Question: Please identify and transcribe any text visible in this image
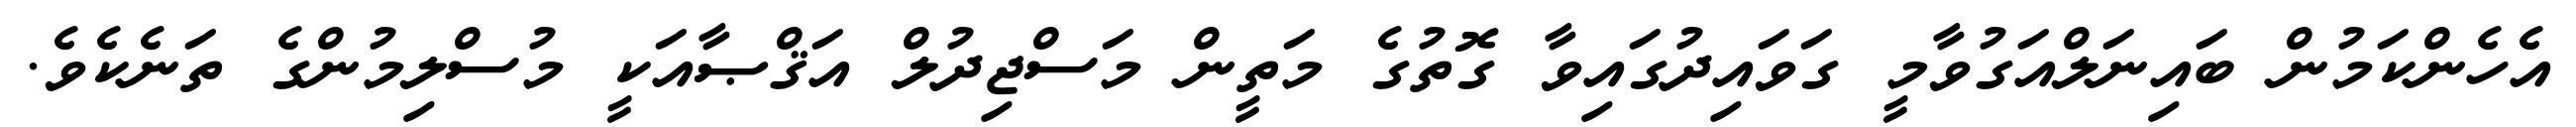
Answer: އެހެންކަމުން ބައިނަލްއަގުވާމީ ގަވައިދުގައިވާ ގޮތުގެ މަތީން މަސްޖިދުލް އަޤްޞާއަކީ މުސްލިމުންގެ ތަނެކެވެ.